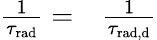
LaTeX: \begin{array}{rl}{\frac{1}{\tau_{\mathrm{rad}}}=}&{{}\frac{1}{\tau_{\mathrm{{rad},{d}}}}}\end{array}